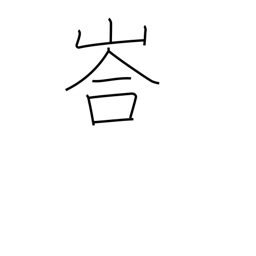
Meaning: mountain cave